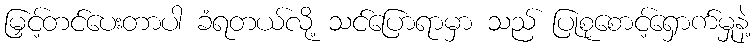
မြှင့်တင်ပေးတာပါ ခံရတယ်လို့ သင်ပြောရာမှာ သည် ပြုစုစောင့်ရှောက်မှုနဲ့